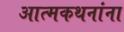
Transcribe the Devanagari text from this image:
आत्मकथनांना